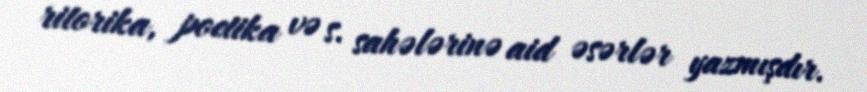
ritorika, poetika və s. sahələrinə aid əsərlər yazmışdır.